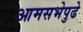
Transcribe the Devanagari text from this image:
आमसभेपुढे